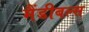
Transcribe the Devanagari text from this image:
मैंडीबल्स